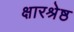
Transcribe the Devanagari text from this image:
क्षारश्रेष्ठ